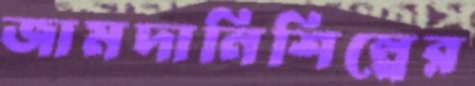
জামদানিশিল্পের